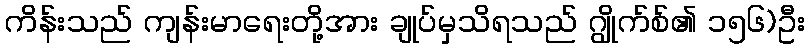
ကိန်းသည် ကျန်းမာရေးတို့အား ချုပ်မှသိရသည် ဂျွိုက်စ်၏ ၁၅၆)ဦး